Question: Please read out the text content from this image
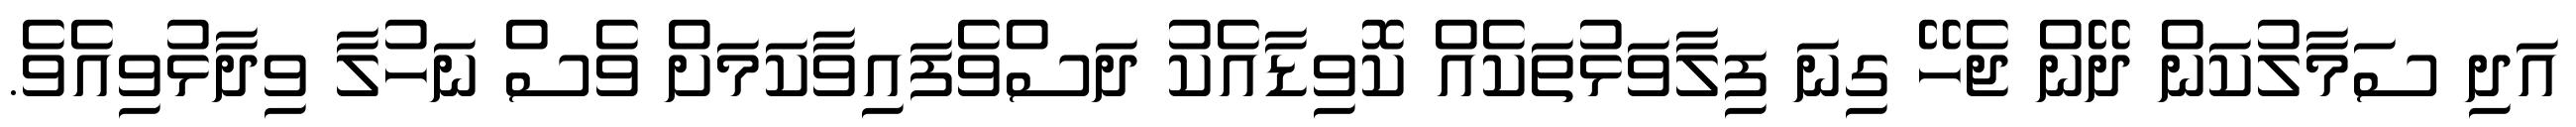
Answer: އަދި ސަމާލުކަން ދޭން ޖެހޭ ގިނަ ފިލާވަޅުތަކެއް ކޮވިޑާއެކު ދަސްވެފައިވާކަމަށް ވެސް ނަހުލާ ވިދާޅުވިއެވެ.